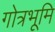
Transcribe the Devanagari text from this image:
गोत्रभूमि